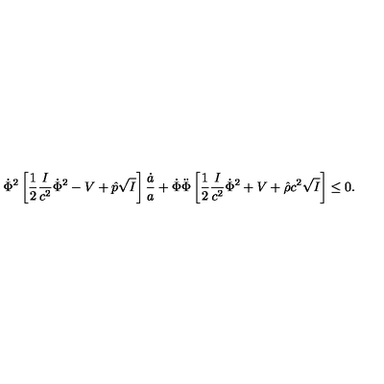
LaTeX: \dot { \Phi } ^ { 2 } \left[ { \frac { 1 } { 2 } } { \frac { I } { c ^ { 2 } } } \dot { \Phi } ^ { 2 } - V + \hat { p } \sqrt { I } \right] { \frac { \dot { a } } { a } } + \dot { \Phi } \ddot { \Phi } \left[ { \frac { 1 } { 2 } } { \frac { I } { c ^ { 2 } } } \dot { \Phi } ^ { 2 } + V + \hat { \rho } c ^ { 2 } \sqrt { I } \right] \leq 0 .